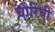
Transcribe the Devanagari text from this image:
चौरिंघी